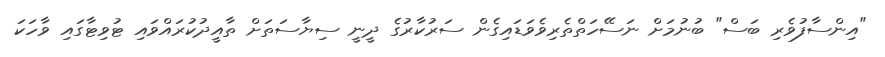
"އިންސާފުވެރި ބަސް" ބުނުމަށް ނަސޭހަތްތެރިވެވަޑައިގެން ސަރުކާރުގެ ދީނީ ސިޔާސަތަށް ތާއީދުކުރައްވައި ޓުވިޓާގައި ވާހަކަ